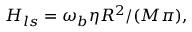
H _ { l s } = \omega _ { b } \eta R ^ { 2 } / ( M \pi ) ,